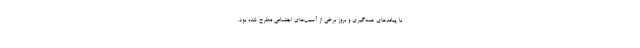
با پیامد‌های همه‌گیری و بروز برخی از آسیب‌های اجتماعی مطرح شده بود.